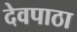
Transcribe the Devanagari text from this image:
देवपाठा